Lunatic asylums in Bengal annual reports 1899-1911 - 1899-1911
Year: 1899
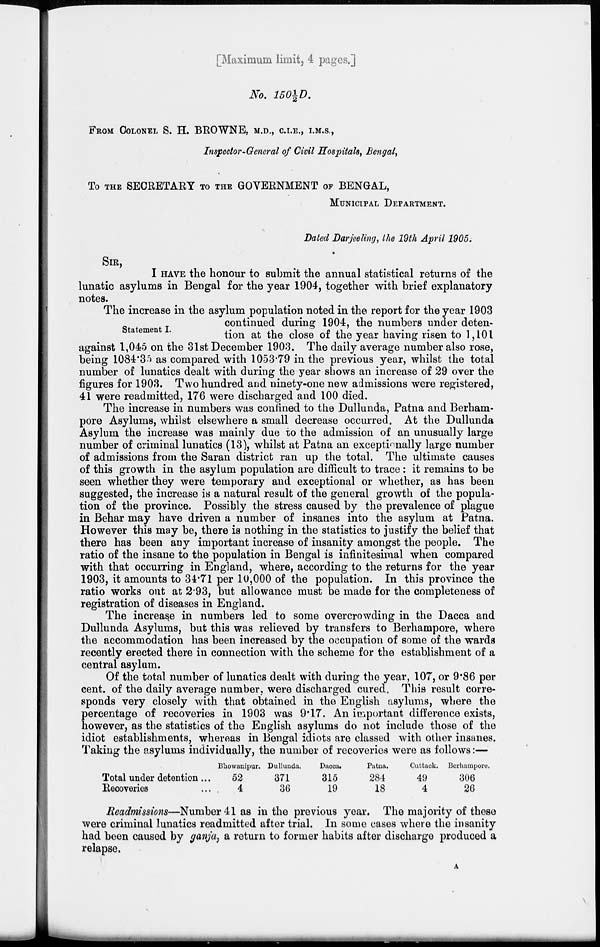
[Maximum limit, 4 pages.]
No. 150½D.
FROM COLONEL S. H. BROWNE, M.D., C.I.E., I.M.S.,
Inpector-General of Civil Hospitals, Bengal,
To THE SECRETARY TO THE GOVERNMENT OF BENGAL,
MUNICIPAL DEPARTMENT.
Dated Darjeeling, the 19th April 1905.
SIR,
I HAVE the honour to submit the annual statistical returns of the
lunatic asylums in Bengal for the year 1904, together with brief explanatory
notes.
Statement I.
The increase in the asylum population noted in the report for the year 1903
continued during 1904, the numbers under deten-
tion at the close of the year having risen to 1,101
against 1,045 on the 31st December 1903. The daily average number also rose,
being 1084.35 as compared with 1053.79 in the previous year, whilst the total
number of lunatics dealt with during the year shows an increase of 29 over the
figures for 1903. Two hundred and ninety-one new admissions were registered,
41 were readmitted, 176 were discharged and 100 died.
The increase in numbers was confined to the Dullunda, Patna and Berham-
pore Asylums, whilst elsewhere a small decrease occurred. At the Dullunda
Asylum the increase was mainly due to the admission of an unusually large
number of criminal lunatics (13), whilst at Patna an exceptionally large number
of admissions from the Saran district ran up the total. The ultimate causes
of this growth in the asylum population are difficult to trace : it remains to be
seen whether they were temporary and exceptional or whether, as has been
suggested, the increase is a natural result of the general growth of the popula-
tion of the province. Possibly the stress caused by the prevalence of plague
in Behar may have driven a number of insanes into the asylum at Patna.
However this may be, there is nothing in the statistics to justify the belief that
there has been any important increase of insanity amongst the people. The
ratio of the insane to the population in Bengal is infinitesimal when compared
with that occurring in England, where, according to the returns for the year
1903, it amounts to 34.71 per 10,000 of the population. In this province the
ratio works out at 2.93, but allowance must be made for the completeness of
registration of diseases in England.
The increase in numbers led to some overcrowding in the Dacca and
Dullunda Asylums, but this was relieved by transfers to Berhampore, where
the accommodation has been increased by the occupation of some of the wards
recently erected there in connection with the scheme for the establishment of a
central asylum.
Of the total number of lunatics dealt with during the year, 107, or 9.86 per
cent. of the daily average number, were discharged cured. This result corre-
sponds very closely with that obtained in the English asylums, where the
percentage of recoveries in 1903 was 9.17. An important difference exists,
however, as the statistics of the English asylums do not include those of the
idiot establishments, whereas in Bengal idiots are classed with other insanes.
Taking the asylums individually, the number of recoveries were as follows:—
Total under detention ...
Recoveries ...
Bhowanipur.
52
4
Dullunda.
371
36
Dacca.
315
19
Patna.
284
18
Cuttack.
49
4
Berhampore.
306
26
Readmissions—Number 41 as in the previous year. The majority of these
were criminal lunatics readmitted after trial. In some cases where the insanity
had been caused by ganja, a return to former habits after discharge produced a
relapse.
A